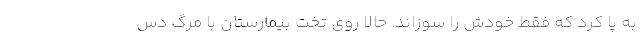
به پا کرد که فقط خودش را سوزاند. حالا روی تخت بیمارستان با مرگ دس